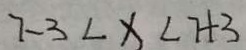
7 - 3 < x < 7 + 3